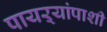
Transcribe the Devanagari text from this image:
पायऱ्यांपाशी